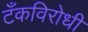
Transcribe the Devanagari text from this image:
टँकविरोधी